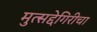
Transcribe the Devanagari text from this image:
मुत्सद्देगिरीचा